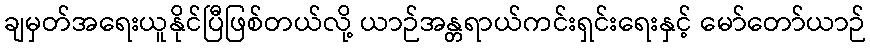
ချမှတ်အရေးယူနိုင်ပြီဖြစ်တယ်လို့ ယာဉ်အန္တရာယ်ကင်းရှင်းရေးနှင့် မော်တော်ယာဉ်